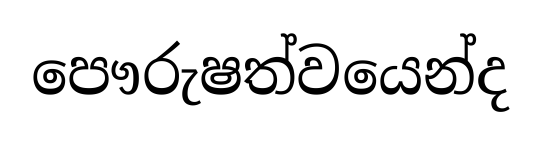
පෞරුෂත්වයෙන්ද